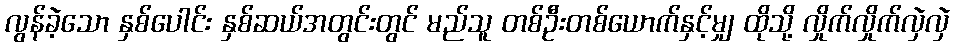
လွန်ခဲ့သော နှစ်ပေါင်း နှစ်ဆယ်အတွင်းတွင် မည်သူ တစ်ဦးတစ်ယောက်နှင့်မျှ ထိုသို့ လှိုက်လှိုက်လှဲလှဲ